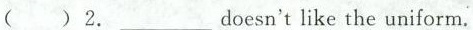
()2._________Doesn'tlike the uniform.